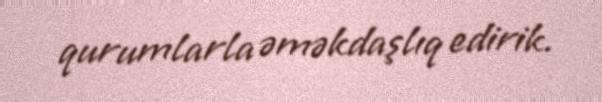
qurumlarla əməkdaşlıq edirik.